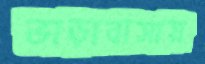
ভাড়াবাসায়